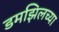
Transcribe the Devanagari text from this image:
डमझिलच्या